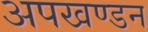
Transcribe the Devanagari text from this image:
अपखण्डन